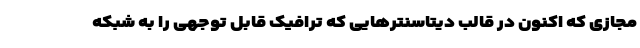
مجازی که اکنون در قالب دیتاسنترهایی که ترافیک قابل توجهی را به شبکه